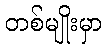
တစ်မျိုးမှာ